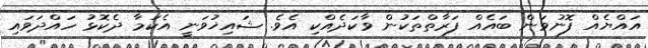
އައްޔެއް ފޮނުވަން ބައެއް ފަރާތްތަކުން ވާކަދެއްކި އެވެ. ޝައިޚުވަނީ އެކަމާ ދެކޮޅު ހައްދަވައި